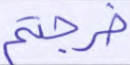
خرجتم